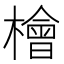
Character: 檜